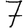
Digit: 7